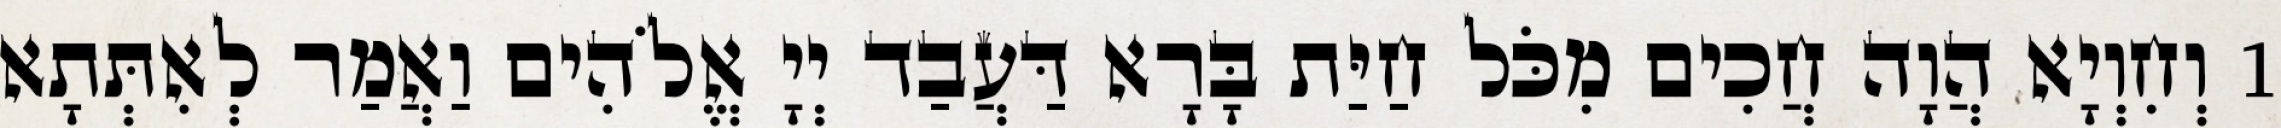
1 וְחִוְיָא הֲוָה חֲכִים מִכֹּל חַיַּת בָּרָא דַּעֲבַד יְיָ אֱלֹהִים וַאֲמַר לְאִתְּתָא